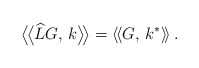
\begin{align*}\bigl\langle \!\bigl\langle \widehat{L} G,\,k\bigr\rangle \!\bigr\rangle=\left\langle \!\left\langle G,\,k^*\right\rangle \!\right\rangle.\end{align*}